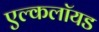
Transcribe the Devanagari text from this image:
एल्कलॉयड